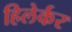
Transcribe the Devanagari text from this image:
हिलेर्कर